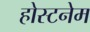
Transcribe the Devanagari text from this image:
होस्टनेम